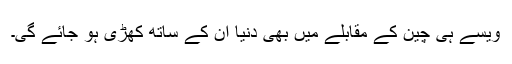
ویسے ہی چین کے مقابلے میں بھی دنیا ان کے ساتھ کھڑی ہو جائے گی۔